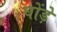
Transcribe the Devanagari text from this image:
घोंड़े